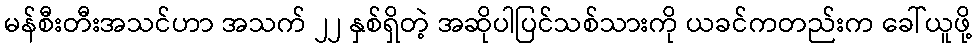
မန်စီးတီးအသင်ဟာ အသက် ၂၂ နှစ်ရှိတဲ့ အဆိုပါပြင်သစ်သားကို ယခင်ကတည်းက ခေါ်ယူဖို့